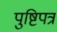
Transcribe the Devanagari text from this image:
पुष्टिपत्र